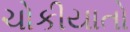
ચોકીયાતો